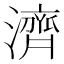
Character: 濟